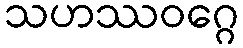
သဟဿဝဂ္ဂေ